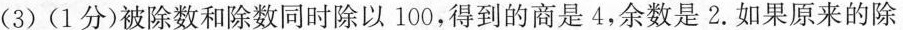
(3)(1分)被除数和除数同时除以100，得到的商是4，余数是2.如果原来的除